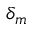
\delta _ { m }